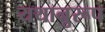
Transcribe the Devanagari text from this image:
यथानुरूप